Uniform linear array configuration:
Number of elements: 24
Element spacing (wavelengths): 1
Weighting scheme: exponential
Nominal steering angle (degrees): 15
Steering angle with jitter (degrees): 13.94
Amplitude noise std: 0.05
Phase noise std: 0.05

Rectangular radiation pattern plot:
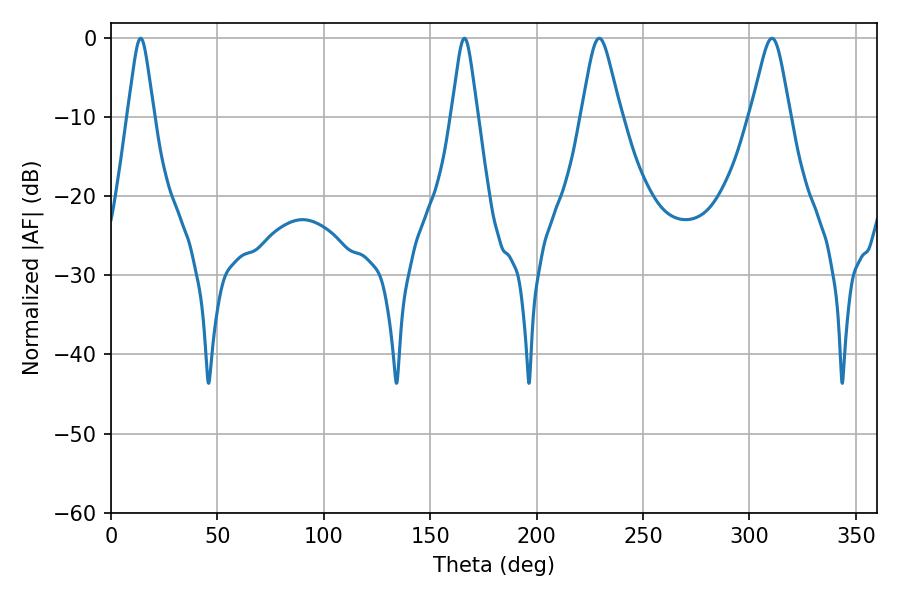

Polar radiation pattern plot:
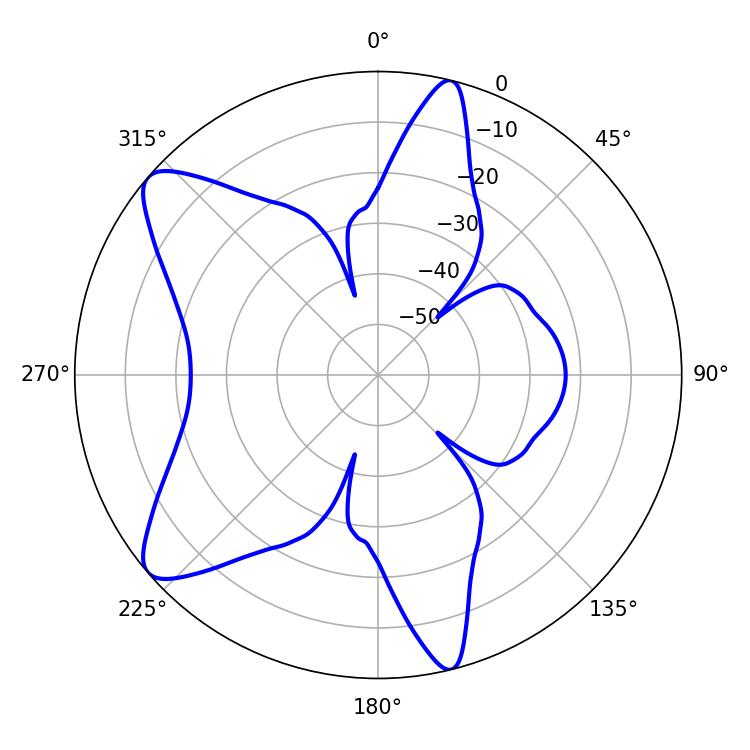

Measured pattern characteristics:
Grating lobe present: TRUE
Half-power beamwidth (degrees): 8.82
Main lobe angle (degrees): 310.5